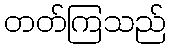
တတ်ကြသည်